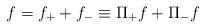
LaTeX: \begin{align*}f=f_++f_-\equiv\Pi_+f+\Pi_-f\end{align*}